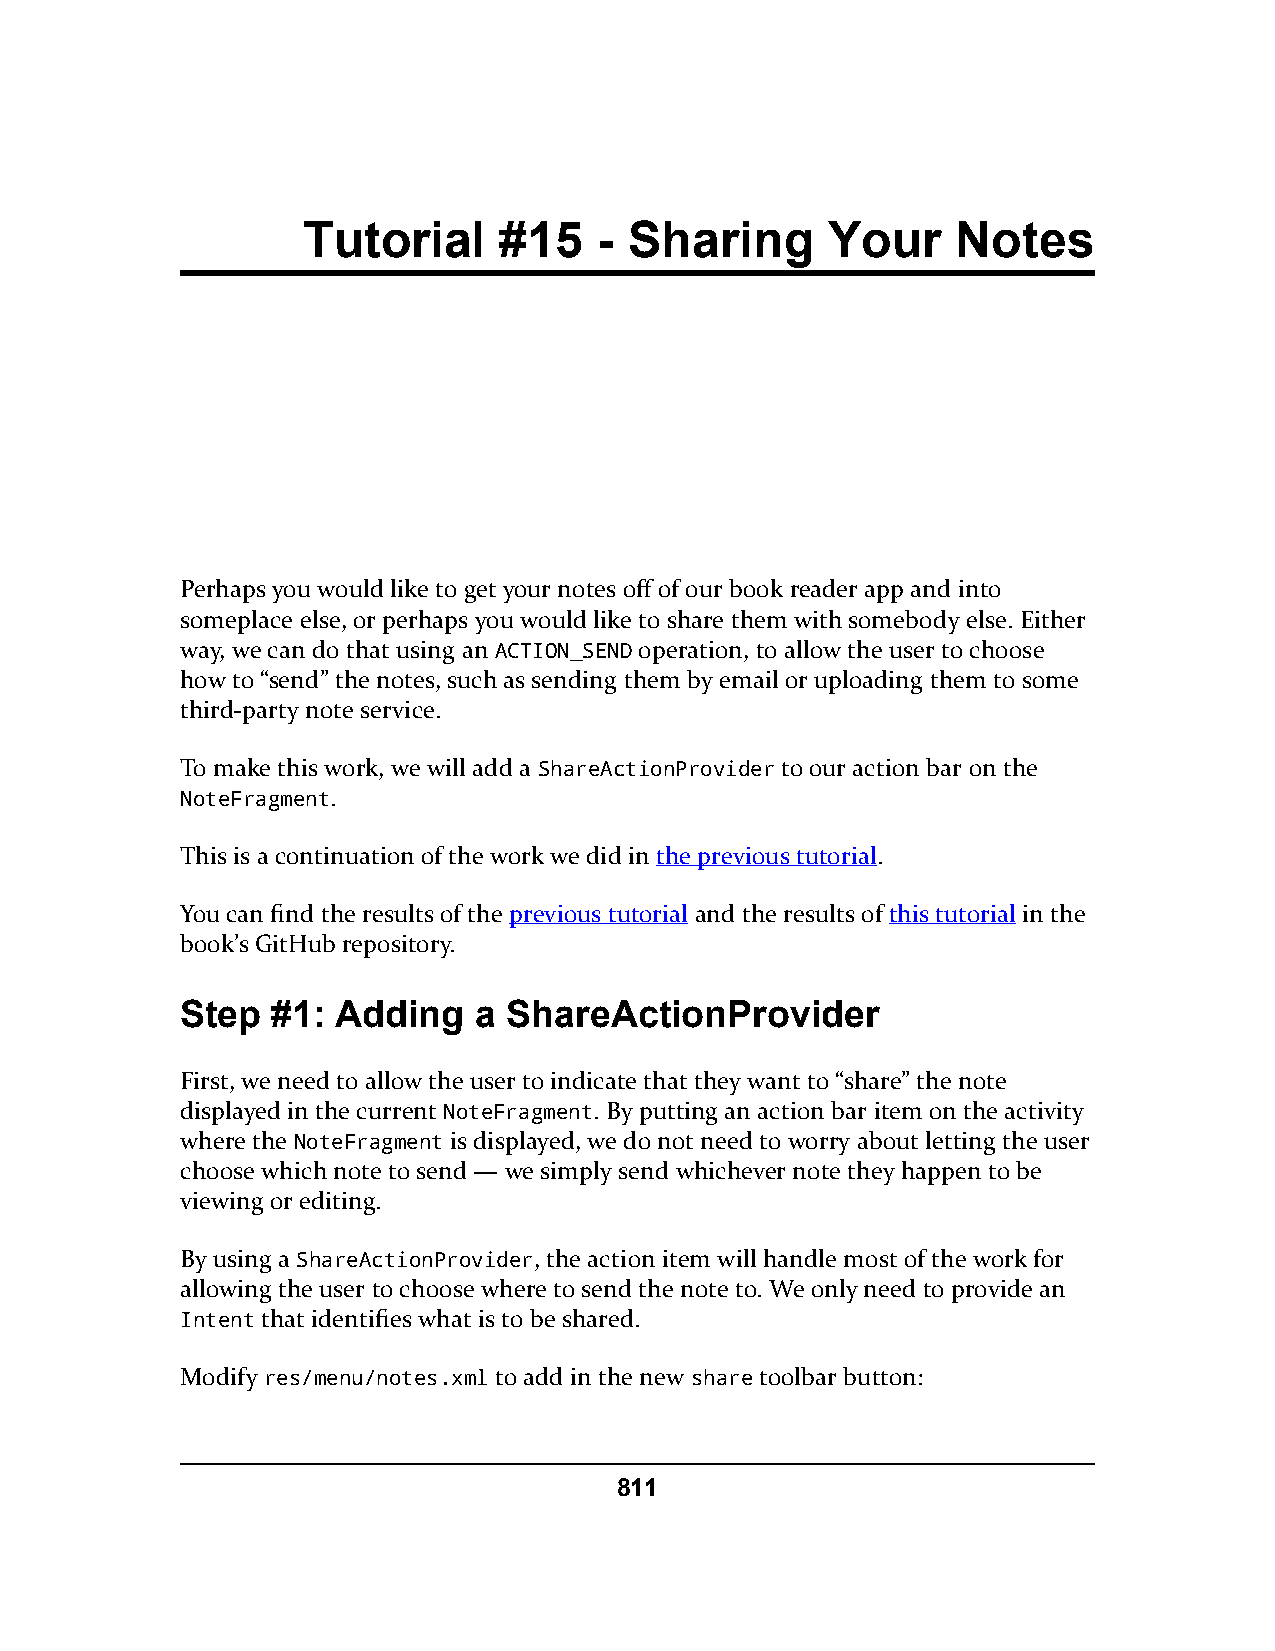
Tutorial     #15    - Sharing      Your    Notes
 Perhaps you would like to get your notes off of our book reader app and into
 someplace else, or perhaps you would like to share them with somebody else. Either
 way, we can do that using an ACTION_SEND operation, to allow the user to choose
 how to “send” the notes, such as sending them by email or uploading them to some
 third-party note service.
 To make this work, we will add a ShareActionProvider to our action bar on the
 NoteFragment.
 This is a continuation of the work we did in the previous tutorial.
 You can find the results of the previous tutorial and the results of this tutorial in the
 book’s GitHub repository.
 Step  #1: Adding    a ShareActionProvider
 First, we need to allow the user to indicate that they want to “share” the note
 displayed in the current NoteFragment. By putting an action bar item on the activity
 where the NoteFragment is displayed, we do not need to worry about letting the user
 choose which note to send — we simply send whichever note they happen to be
 viewing or editing.
 By using a ShareActionProvider, the action item will handle most of the work for
 allowing the user to choose where to send the note to. We only need to provide an
 Intent that identifies what is to be shared.
 Modify res/menu/notes.xml to add in the new share toolbar button:
 811